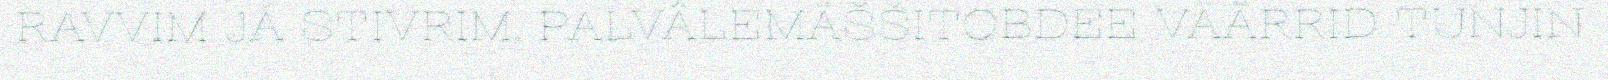
RAVVIM JÁ STIVRIM. PALVÂLEMÄŠŠITOBDEE VÄÄRRID TUNJIN